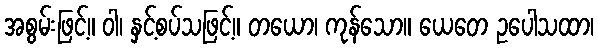
အစွမ်းဖြင့်။ ဝါ၊ နှင့်စပ်သဖြင့်။ တယော၊ ကုန်သော။ ယေတေ ဥပေါသထာ၊